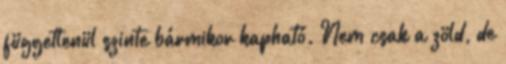
függetlenül szinte bármikor kapható. Nem csak a zöld, de